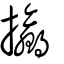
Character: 攍